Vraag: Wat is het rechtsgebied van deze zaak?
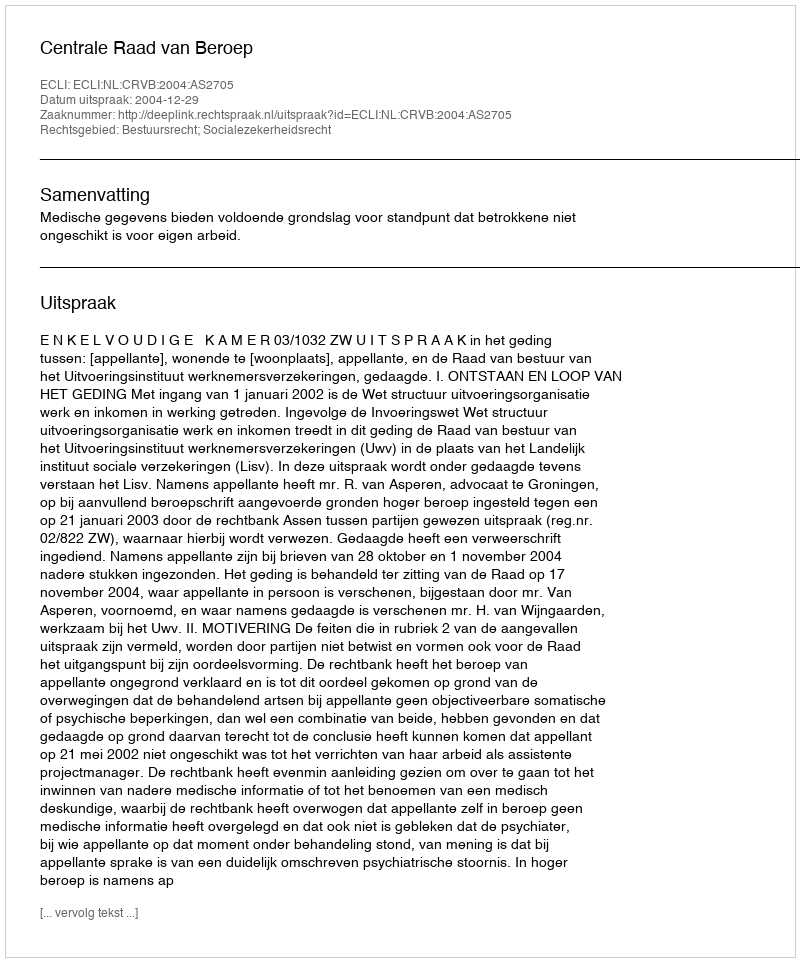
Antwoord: Bestuursrecht; Socialezekerheidsrecht